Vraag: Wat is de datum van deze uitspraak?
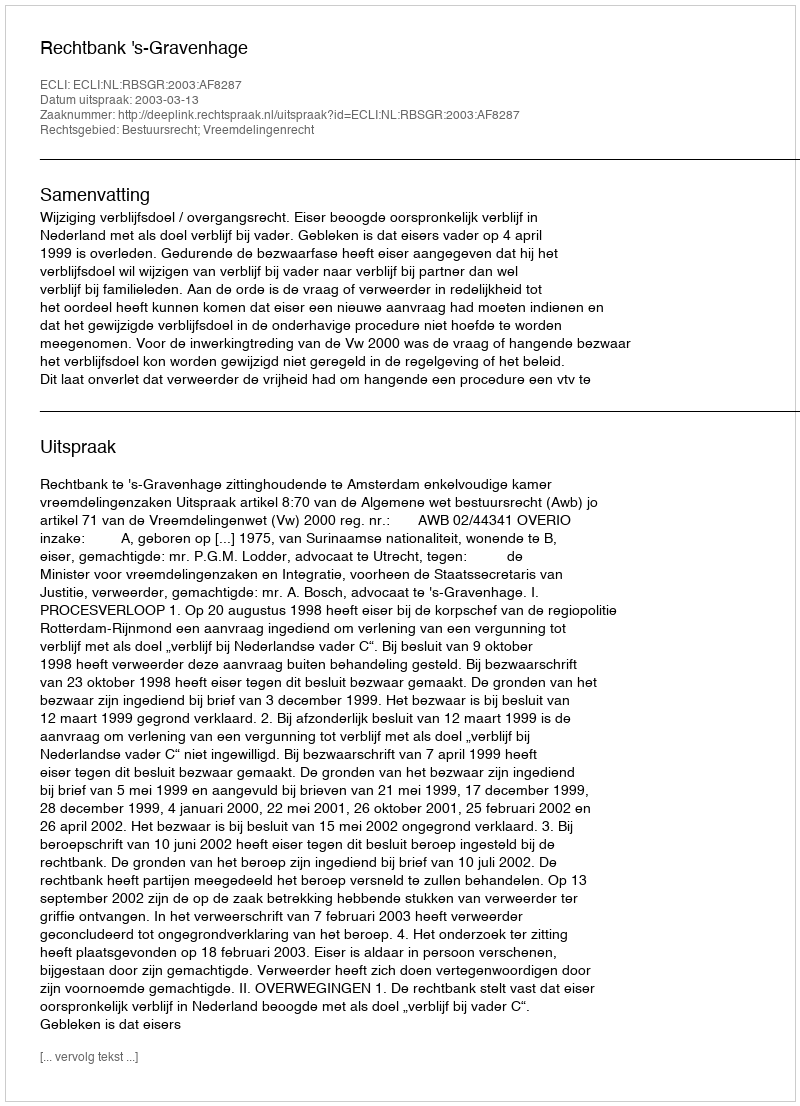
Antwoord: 2003-03-13